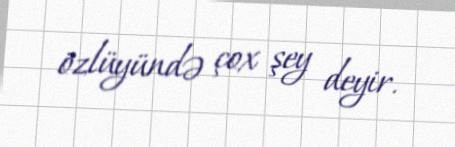
özlüyündə çox şey deyir.